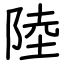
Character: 陸